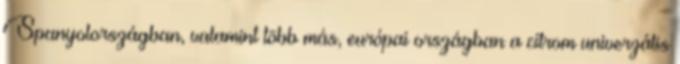
Spanyolországban, valamint több más, európai országban a citrom univerzális